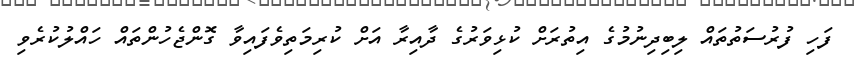
ފަހި ފުރުސަތުތައް ލިބިދިނުމުގެ އިތުރަށް ކުޅިވަރުގެ ދާއިރާ އަށް ކުރިމަތިވެފައިވާ ގޮންޖެހުންތައް ހައްލުކުރެވި